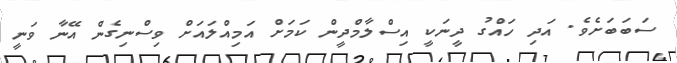
ސަބަބަށެވެ. އަދި ހައްގު ދީނަކީ އިސްލާމްދީން ކަމަށް އަމިއްލައަށް ވިސްނިގެން އޭނާ ވަނީ